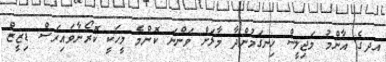
އދގެ އާންމު މަޖިލީސް ހިނގަމުންދާ މާލަށް ވަންނަ ކޮންމެ މީހަކީ ކޮރޯނާވައިރަސް ޑިޒީޒް